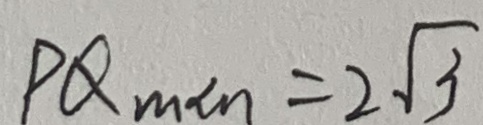
P Q _ { \min } = 2 \sqrt { 3 }